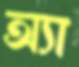
অ্যা